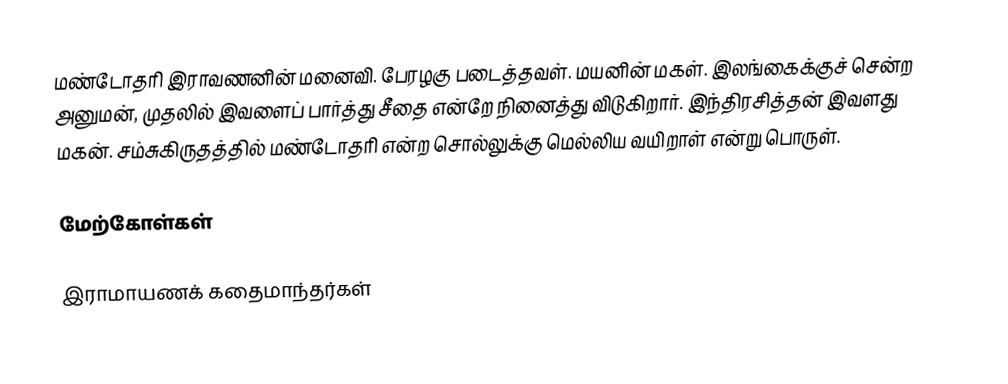
மண்டாேதரி இராவணனின் மனைவி. பேரழகு படைத்தவள். மயனின் மகள். இலங்கைக்குச் சென்ற அனுமன், முதலில் இவளைப் பார்த்து சீதை என்றே நினைத்து விடுகிறார். இந்திரசித்தன் இவளது மகன். சம்சுகிருதத்தில் மண்டோதரி  என்ற சொல்லுக்கு  மெல்லிய வயிறாள்  என்று பொருள்.

மேற்கோள்கள்

இராமாயணக் கதைமாந்தர்கள்